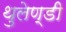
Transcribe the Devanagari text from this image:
थुलेण्डी